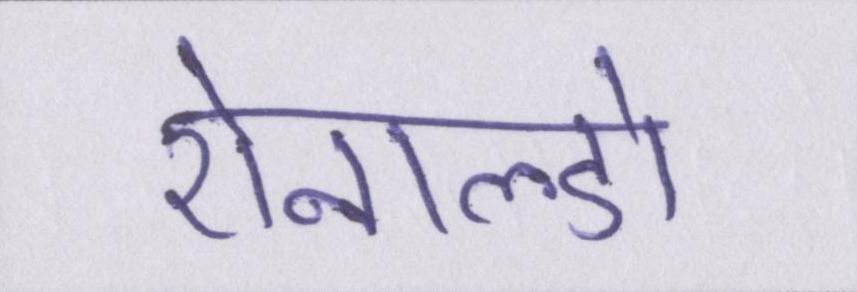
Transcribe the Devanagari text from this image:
रोनाल्डो